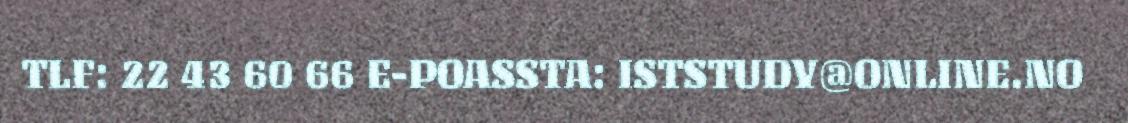
TLF: 22 43 60 66 E-POASSTA: ISTSTUDY@ONLINE.NO